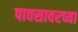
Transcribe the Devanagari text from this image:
पावसावरच्या